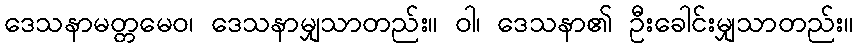
ဒေသနာမတ္တမေဝ၊ ဒေသနာမျှသာတည်း။ ဝါ၊ ဒေသနာ၏ ဦးခေါင်းမျှသာတည်း။